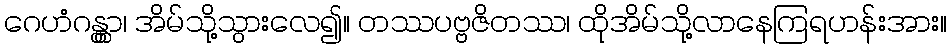
ဂေဟံဂန္တွာ၊ အိမ်သို့သွားလေ၍။ တဿပဗ္ဗဇိတဿ၊ ထိုအိမ်သို့လာနေကြရဟန်းအား။